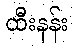
ထီးနန်း